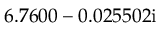
6 . 7 6 0 0 - 0 . 0 2 5 5 0 2 \mathrm { i }